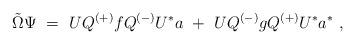
LaTeX: \begin{align*}{\tilde \Omega} \Psi \ =\ UQ^{(+)} f Q^{(-)} U^* a\ +\ U Q^{(-)} g Q^{(+)} U^* a^* \ ,\end{align*}